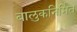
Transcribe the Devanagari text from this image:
बालुकनिर्मित